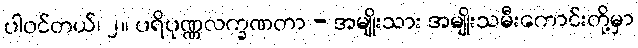
ပါဝင်တယ်၊ ၂။ ပရိပုဏ္ဏလက္ခဏတာ - အမျိုးသား အမျိုးသမီးကောင်းတို့မှာ